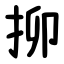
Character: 㧕